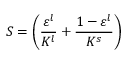
S = \left( \frac { \varepsilon ^ { l } } { K ^ { l } } + \frac { 1 - \varepsilon ^ { l } } { K ^ { s } } \right)